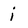
Character: i